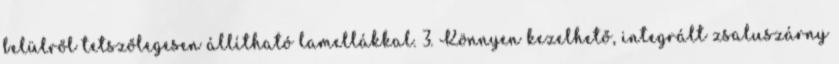
belülről tetszőlegesen állítható lamellákkal. 3. Könnyen kezelhető, integrált zsaluszárny